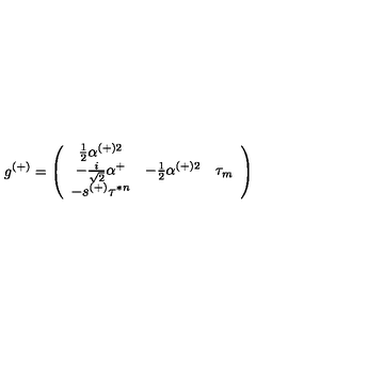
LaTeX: g ^ { ( + ) } = \left( \begin{array} { c c c } { \frac { 1 } { 2 } \alpha ^ { ( + ) 2 } } & { } & { } \\ { - \frac { i } { \sqrt { 2 } } \alpha ^ { + } } & { - \frac { 1 } { 2 } \alpha ^ { ( + ) 2 } } & { \tau _ { m } } \\ { - s ^ { ( + ) } \tau ^ { * n } } & { } & { } \\ \end{array} \right)